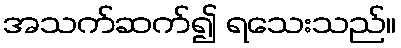
အသက်ဆက်၍ ရသေးသည်။